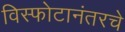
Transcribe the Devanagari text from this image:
विस्फोटानंतरचे